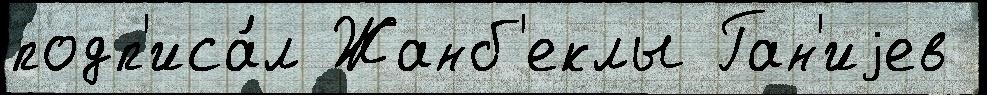
подп'иса́л Жанб'еклы Ган'иjев